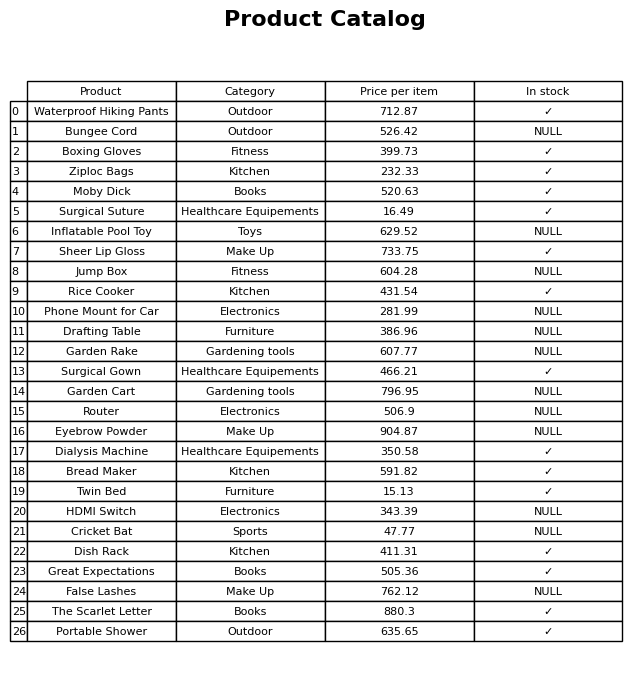
question: What is the price of the Ziploc Bags?
answer: The price of Ziploc Bags is 232.33.